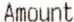
AMOUNT